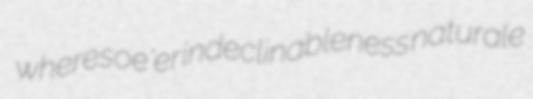
wheresoe'er indeclinableness naturale